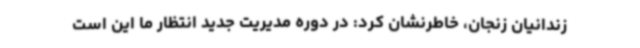
زندانیان زنجان، خاطرنشان کرد: در دوره مدیریت جدید انتظار ما این است